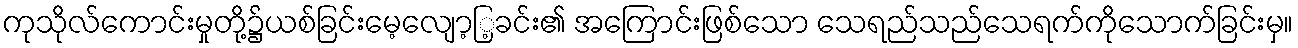
ကုသိုလ်ကောင်းမှုတို့၌ယစ်ခြင်းမေ့လျော့ြ့ခင်း၏ အကြောင်းဖြစ်သော သေရည်သည်သေရက်ကိုသောက်ခြင်းမှ။